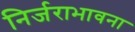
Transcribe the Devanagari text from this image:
निर्जराभावना